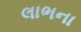
લાભના